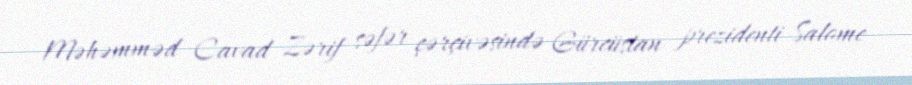
Məhəmməd Cavad Zərif səfər çərçivəsində Gürcüstan prezidenti Salome